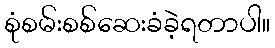
စုံစမ်းစစ်ဆေးခံခဲ့ရတာပါ။